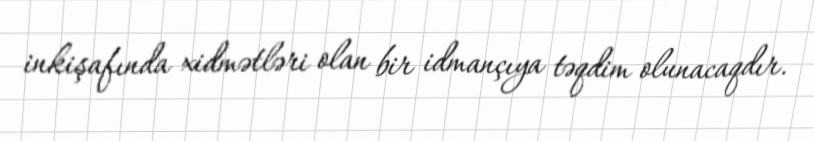
inkişafında xidmətləri olan bir idmançıya təqdim olunacaqdır.